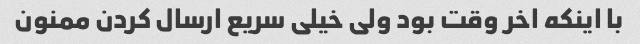
با اینکه اخر وقت بود ولی خیلی سریع ارسال کردن ممنون